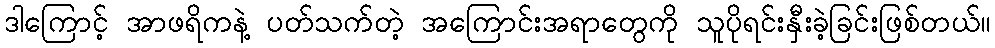
ဒါကြောင့် အာဖရိကနဲ့ ပတ်သက်တဲ့ အကြောင်းအရာတွေကို သူပိုရင်းနှီးခဲ့ခြင်းဖြစ်တယ်။